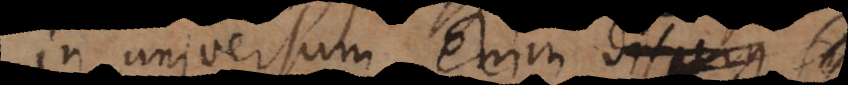
in universum enim disperg –